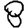
Digit: 8